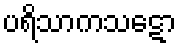
ပရိသာကသဋော